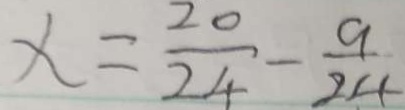
x = \frac { 2 0 } { 2 4 } - \frac { 9 } { 2 4 }